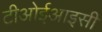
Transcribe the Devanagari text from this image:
टीओईआइसी